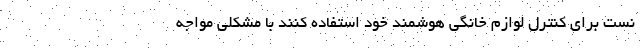
نست برای کنترل لوازم خانگی هوشمند خود استفاده کنند با مشکلی مواجه